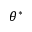
\theta ^ { * }